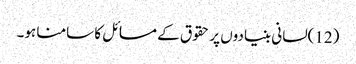
(12)لسانی بنیادوں پر حقوق کے مسائل کا سامنا ہو۔